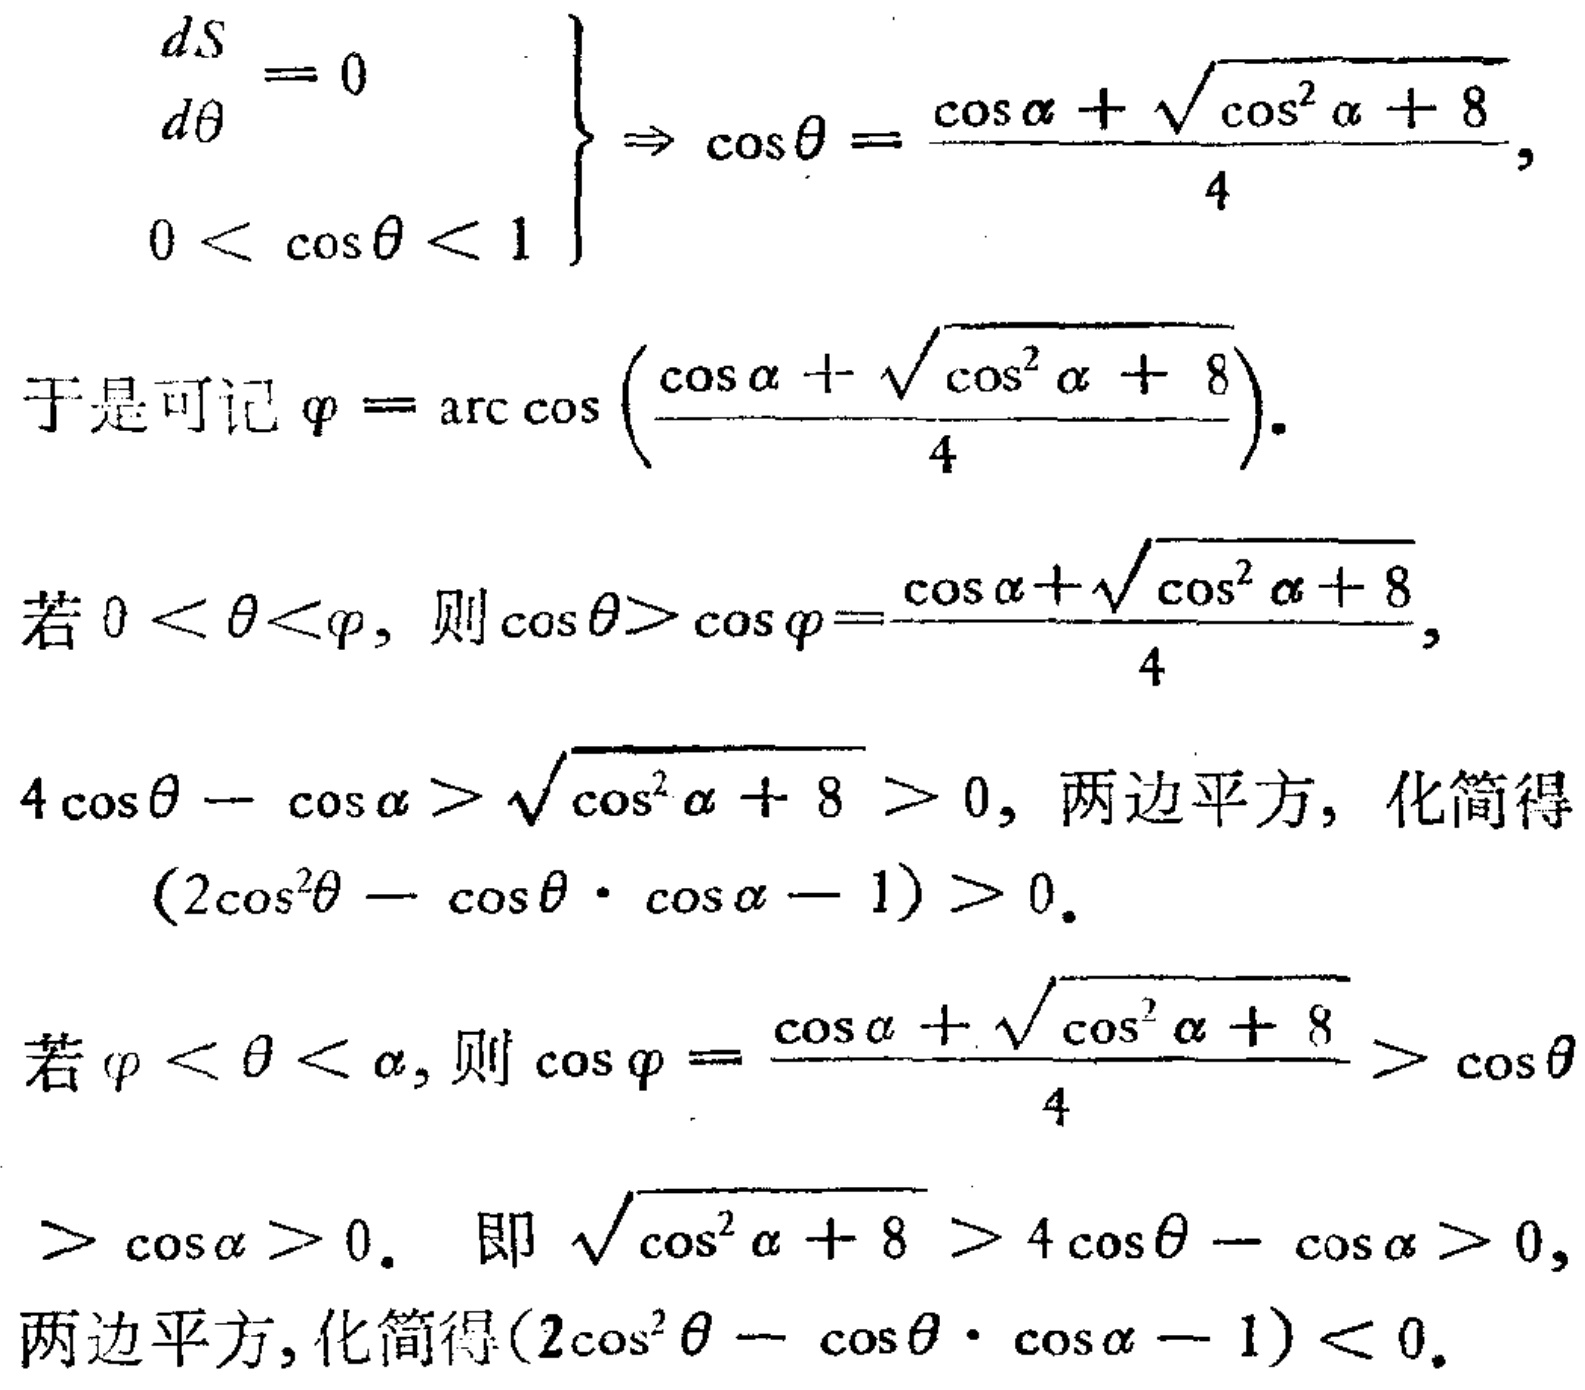
\[
\begin{cases}
\frac{dS}{d\theta}=0 \\
0 < \cos\theta < 1
\end{cases}
\Rightarrow \cos\theta = \frac{\cos\alpha+\sqrt{\cos^{2}\alpha + 8}}{4},
\]
于是可记 \(\varphi=\arccos\left(\frac{\cos\alpha+\sqrt{\cos^{2}\alpha + 8}}{4}\right)\).

若 \(0 < \theta<\varphi\), 则 \(\cos\theta>\cos\varphi=\frac{\cos\alpha+\sqrt{\cos^{2}\alpha + 8}}{4}\),
\(4\cos\theta - \cos\alpha>\sqrt{\cos^{2}\alpha + 8}>0\), 两边平方, 化简得
\((2\cos^{2}\theta - \cos\theta\cdot\cos\alpha - 1)>0\).

若 \(\varphi < \theta < \alpha\), 则 \(\cos\varphi=\frac{\cos\alpha+\sqrt{\cos^{2}\alpha + 8}}{4}>\cos\theta\)
\(>\cos\alpha>0\). 即 \(\sqrt{\cos^{2}\alpha + 8}>4\cos\theta - \cos\alpha>0\),
两边平方, 化简得\((2\cos^{2}\theta - \cos\theta\cdot\cos\alpha - 1)<0\).